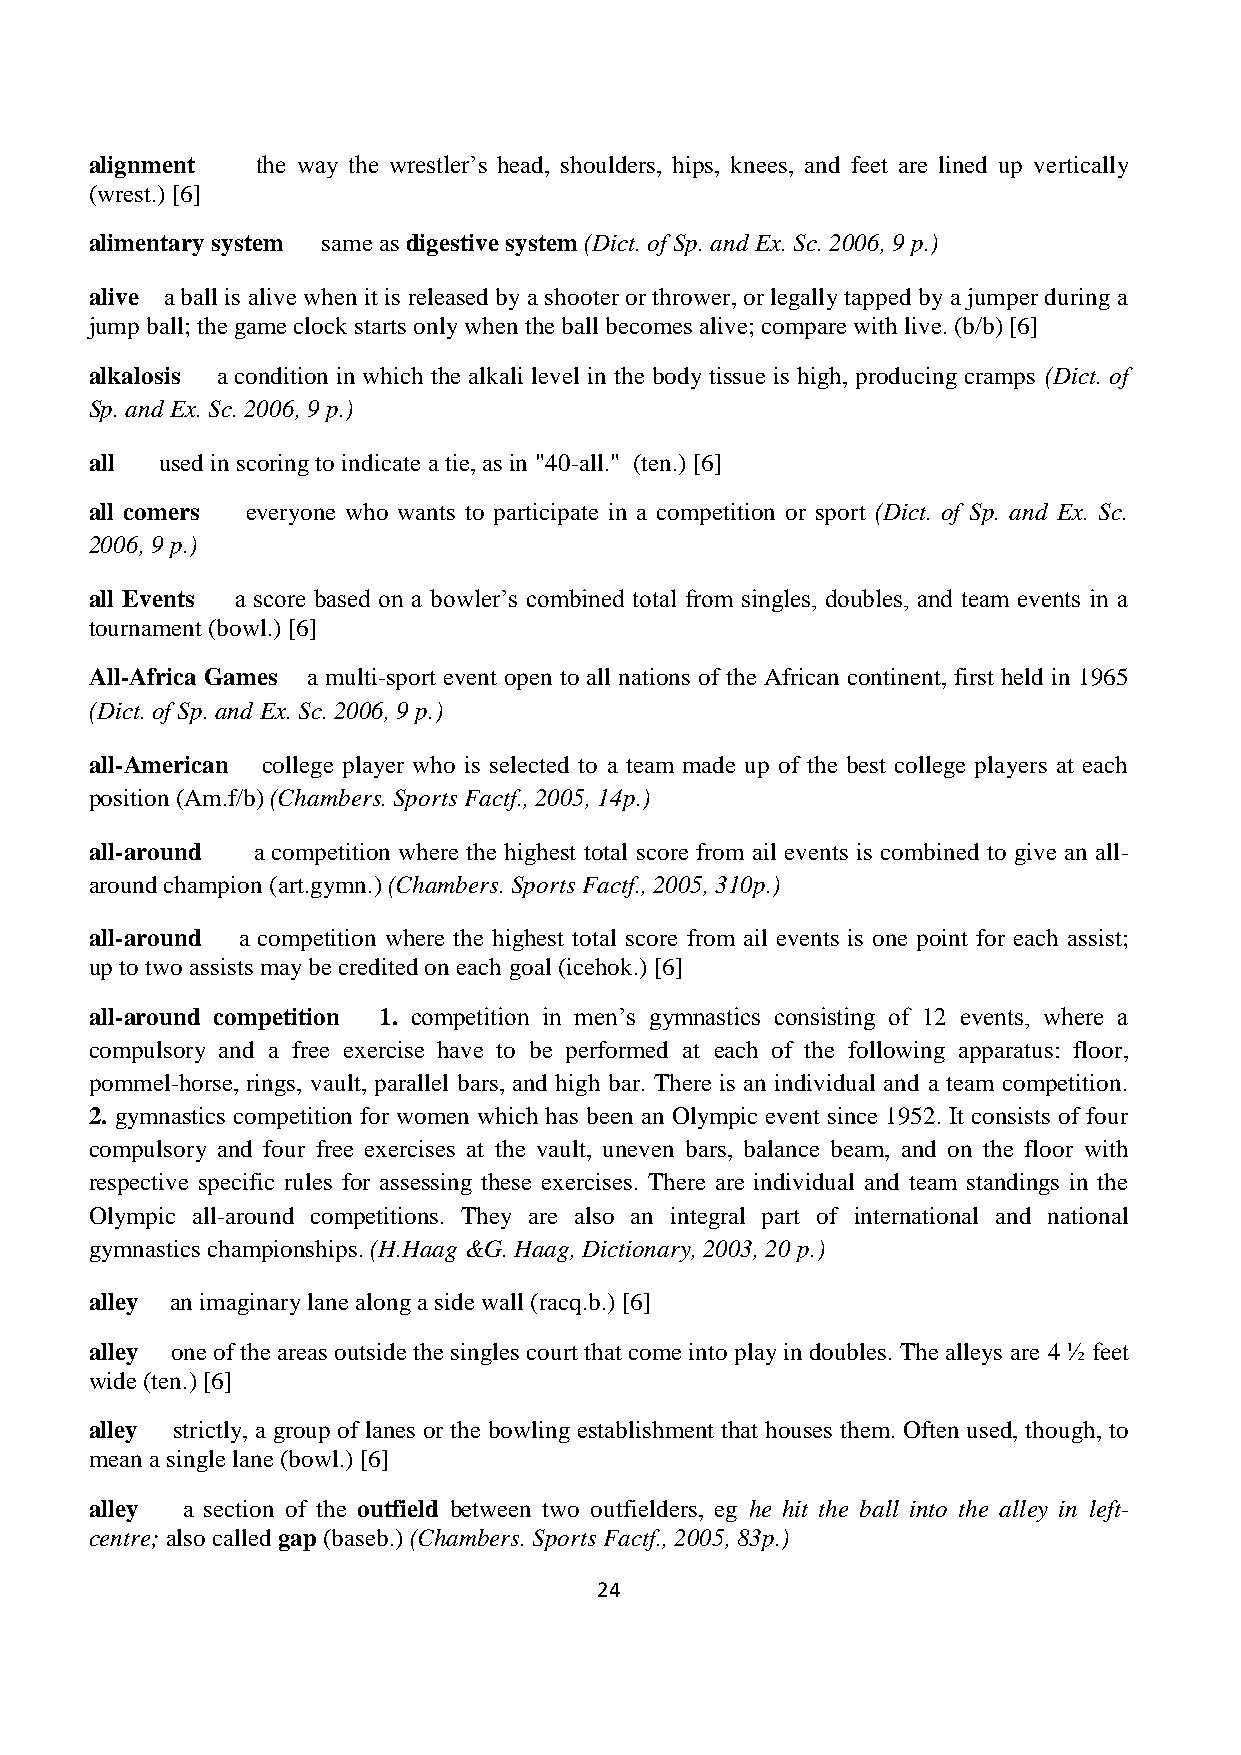
alignment  the way the wrestler’s head, shoulders, hips, knees, and feet are lined up vertically
 (wrest.) [6]
 alimentary system same as digestive system (Dict. of Sp. and Ex. Sc. 2006, 9 p.)
 alive a ball is alive when it is released by a shooter or thrower, or legally tapped by a jumper during a
 jump ball; the game clock starts only when the ball becomes alive; compare with live. (b/b) [6]
 alkalosis a condition in which the alkali level in the body tissue is high, producing cramps (Dict. of
 Sp. and Ex. Sc. 2006, 9 p.)
 all  used in scoring to indicate a tie, as in "40-all." (ten.) [6]
 all comers everyone who wants to participate in a competition or sport (Dict. of Sp. and Ex. Sc.
 2006, 9 p.)
 all Events a score based on a bowler’s combined total from singles, doubles, and team events in a
 tournament (bowl.) [6]
 All-Africa Games a multi-sport event open to all nations of the African continent, first held in 1965
 (Dict. of Sp. and Ex. Sc. 2006, 9 p.)
 all-American college player who is selected to a team made up of the best college players at each
 position (Am.f/b) (Chambers. Sports Factf., 2005, 14p.)
 all-around a competition where the highest total score from ail events is combined to give an all-
 around champion (art.gymn.) (Chambers. Sports Factf., 2005, 310p.)
 all-around a competition where the highest total score from ail events is one point for each assist;
 up to two assists may be credited on each goal (icehok.) [6]
 all-around competition 1. competition in men’s gymnastics consisting of 12 events, where a
 compulsory and a free exercise have to be performed at each of the following apparatus: floor,
 pommel-horse, rings, vault, parallel bars, and high bar. There is an individual and a team competition.
 2. gymnastics competition for women which has been an Olympic event since 1952. It consists of four
 compulsory and four free exercises at the vault, uneven bars, balance beam, and on the floor with
 respective specific rules for assessing these exercises. There are individual and team standings in the
 Olympic all-around competitions. They are also an integral part of international and national
 gymnastics championships. (H.Haag &G. Haag, Dictionary, 2003, 20 p.)
 alley an imaginary lane along a side wall (racq.b.) [6]
 alley one of the areas outside the singles court that come into play in doubles. The alleys are 4 ½ feet
 wide (ten.) [6]
 alley strictly, a group of lanes or the bowling establishment that houses them. Often used, though, to
 mean a single lane (bowl.) [6]
 alley a section of the outfield between two outfielders, eg he hit the ball into the alley in left-
 centre; also called gap (baseb.) (Chambers. Sports Factf., 2005, 83p.)
 24